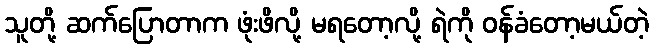
သူတို့ ဆက်ပြောတာက ဖုံးဖိလို့ မရတော့လို့ ရဲကို ဝန်ခံတော့မယ်တဲ့